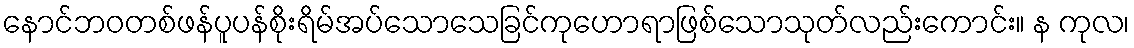
နောင်ဘဝတစ်ဖန်ပူပန်စိုးရိမ်အပ်သောသေခြင်ကုဟောရာဖြစ်သောသုတ်လည်းကောင်း။ န ကုလ၊